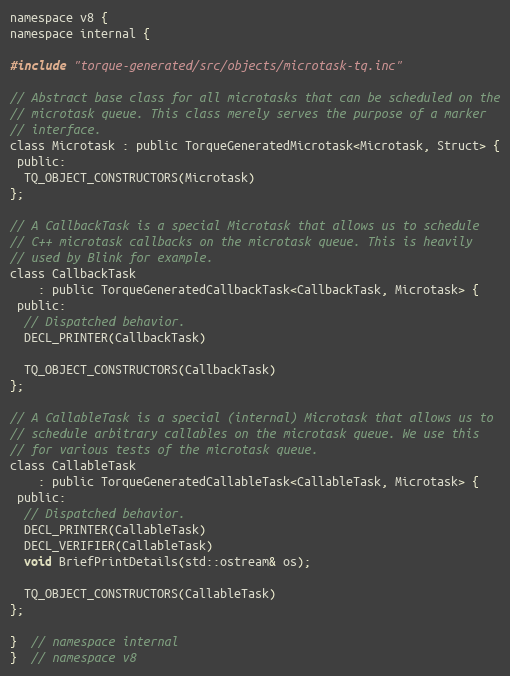
Language: C
namespace v8 {
namespace internal {

#include "torque-generated/src/objects/microtask-tq.inc"

// Abstract base class for all microtasks that can be scheduled on the
// microtask queue. This class merely serves the purpose of a marker
// interface.
class Microtask : public TorqueGeneratedMicrotask<Microtask, Struct> {
 public:
  TQ_OBJECT_CONSTRUCTORS(Microtask)
};

// A CallbackTask is a special Microtask that allows us to schedule
// C++ microtask callbacks on the microtask queue. This is heavily
// used by Blink for example.
class CallbackTask
    : public TorqueGeneratedCallbackTask<CallbackTask, Microtask> {
 public:
  // Dispatched behavior.
  DECL_PRINTER(CallbackTask)

  TQ_OBJECT_CONSTRUCTORS(CallbackTask)
};

// A CallableTask is a special (internal) Microtask that allows us to
// schedule arbitrary callables on the microtask queue. We use this
// for various tests of the microtask queue.
class CallableTask
    : public TorqueGeneratedCallableTask<CallableTask, Microtask> {
 public:
  // Dispatched behavior.
  DECL_PRINTER(CallableTask)
  DECL_VERIFIER(CallableTask)
  void BriefPrintDetails(std::ostream& os);

  TQ_OBJECT_CONSTRUCTORS(CallableTask)
};

}  // namespace internal
}  // namespace v8